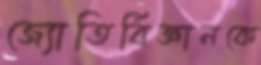
জ্যোতির্বিজ্ঞানকে